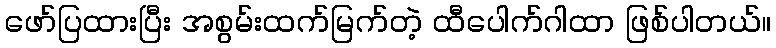
ဖော်ပြထားပြီး အစွမ်းထက်မြက်တဲ့ ထီပေါက်ဂါထာ ဖြစ်ပါတယ်။